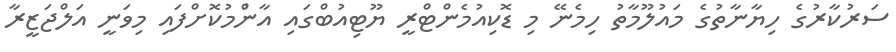
ސަރުކާރުގެ ހިޔާނާތުގެ މައުލޫމާތު ހިމެނޭ މި ޑޮކިއުމެންޓްރީ ޔޫޓިއުބްގައި އާންުމުކޮށްފައި މިވަނީ އަލްޖަޒީރާ